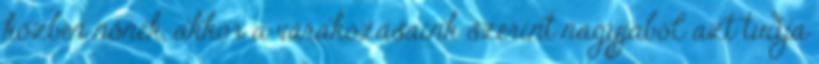
közben nőnek, akkor a várakozásaink szerint nagyjából azt tudja